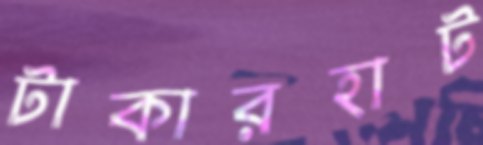
টাকারহাট